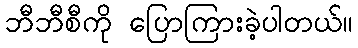
ဘီဘီစီကို ပြောကြားခဲ့ပါတယ်။